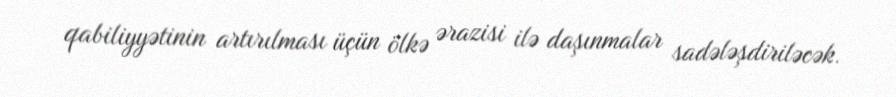
qabiliyyətinin artırılması üçün ölkə ərazisi ilə daşınmalar sadələşdiriləcək.